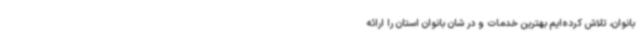
بانوان، تلاش کرده‌ایم بهترین خدمات و در شان بانوان استان را ارائه